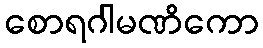
စောရဂါမဏိကော